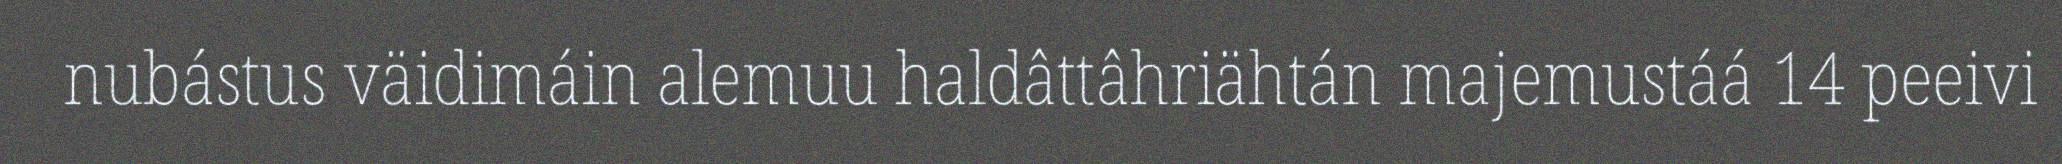
nubástus väidimáin alemuu haldâttâhriähtán majemustáá 14 peeivi